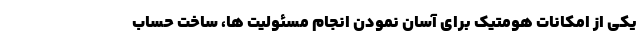
یکی از امکانات هومتیک برای آسان نمودن انجام مسئولیت ها، ساخت حساب